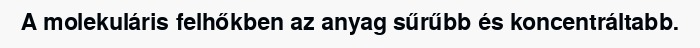
A molekuláris felhőkben az anyag sűrűbb és koncentráltabb.